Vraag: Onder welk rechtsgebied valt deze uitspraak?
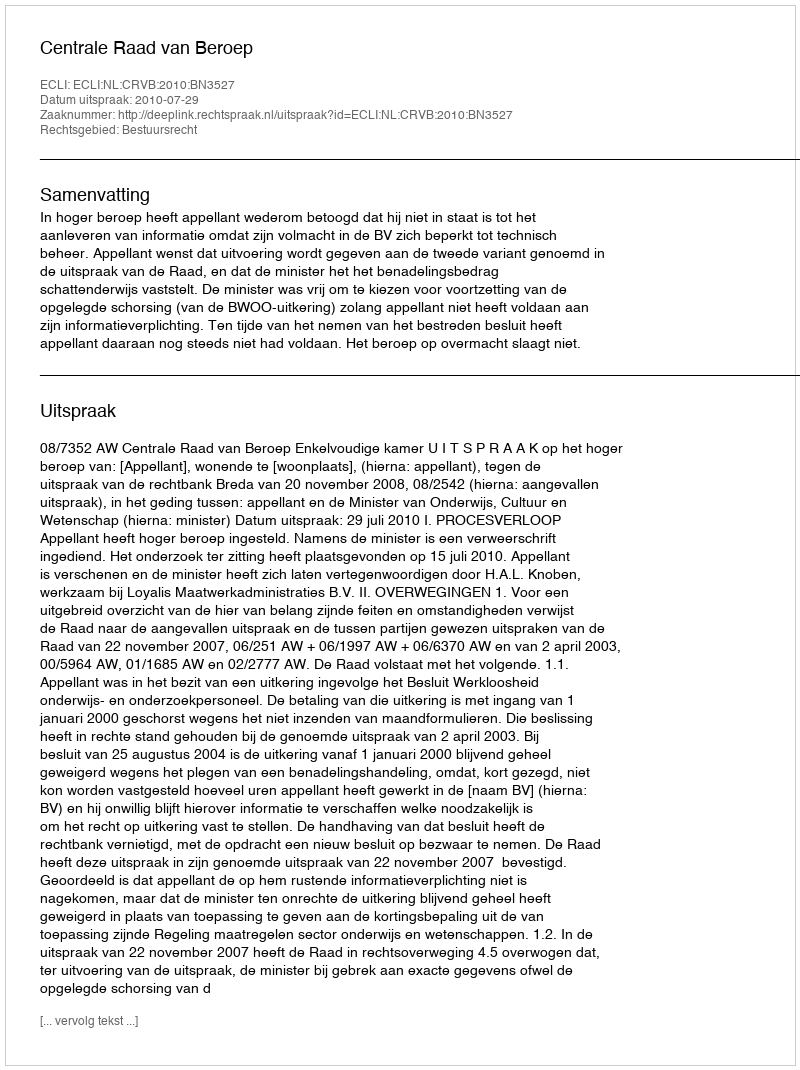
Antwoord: Bestuursrecht